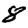
Digit: 8